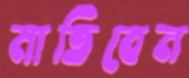
মাতিবেন